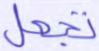
تجعل